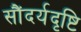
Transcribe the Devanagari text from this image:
सौंदर्यदृष्टि